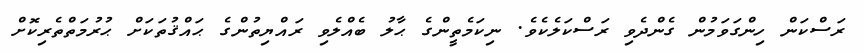
ރަސްކަން ހިންގަވަމުން ގެންދެވި ރަސްކަލެކެވެ. ނިކަމެތީންގެ ޙާލު ބެއްލެވި ރައްޔިތުންގެ ޙައްޤުތަކަށް ޙުރުމަތްތެރިކޮށް